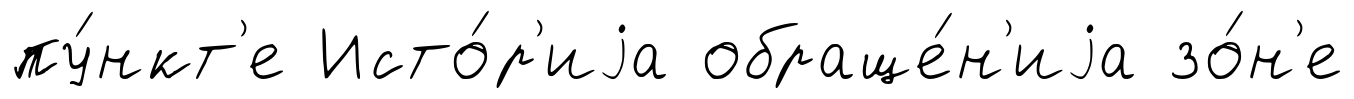
пу́нкт'е Исто́р'иjа обраще́н'иjа зо́н'е